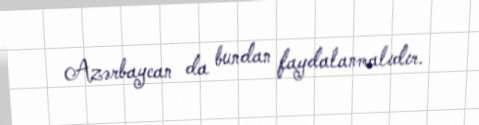
Azərbaycan da bundan faydalanmalıdır.